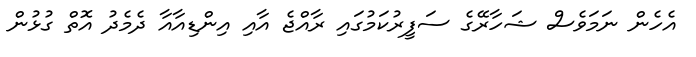
އެހެން ނަމަވެސް ޝަހާރޭގެ ސަފީރުކަމުގައި ރާއްޖެ އާއި އިންޑިއާއާ ދެމެދު އޮތް ގުޅުން